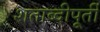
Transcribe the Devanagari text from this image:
शताब्दीपूर्ती